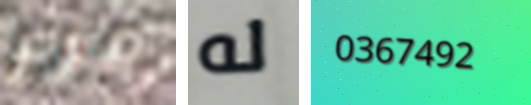
مرر له 0367492